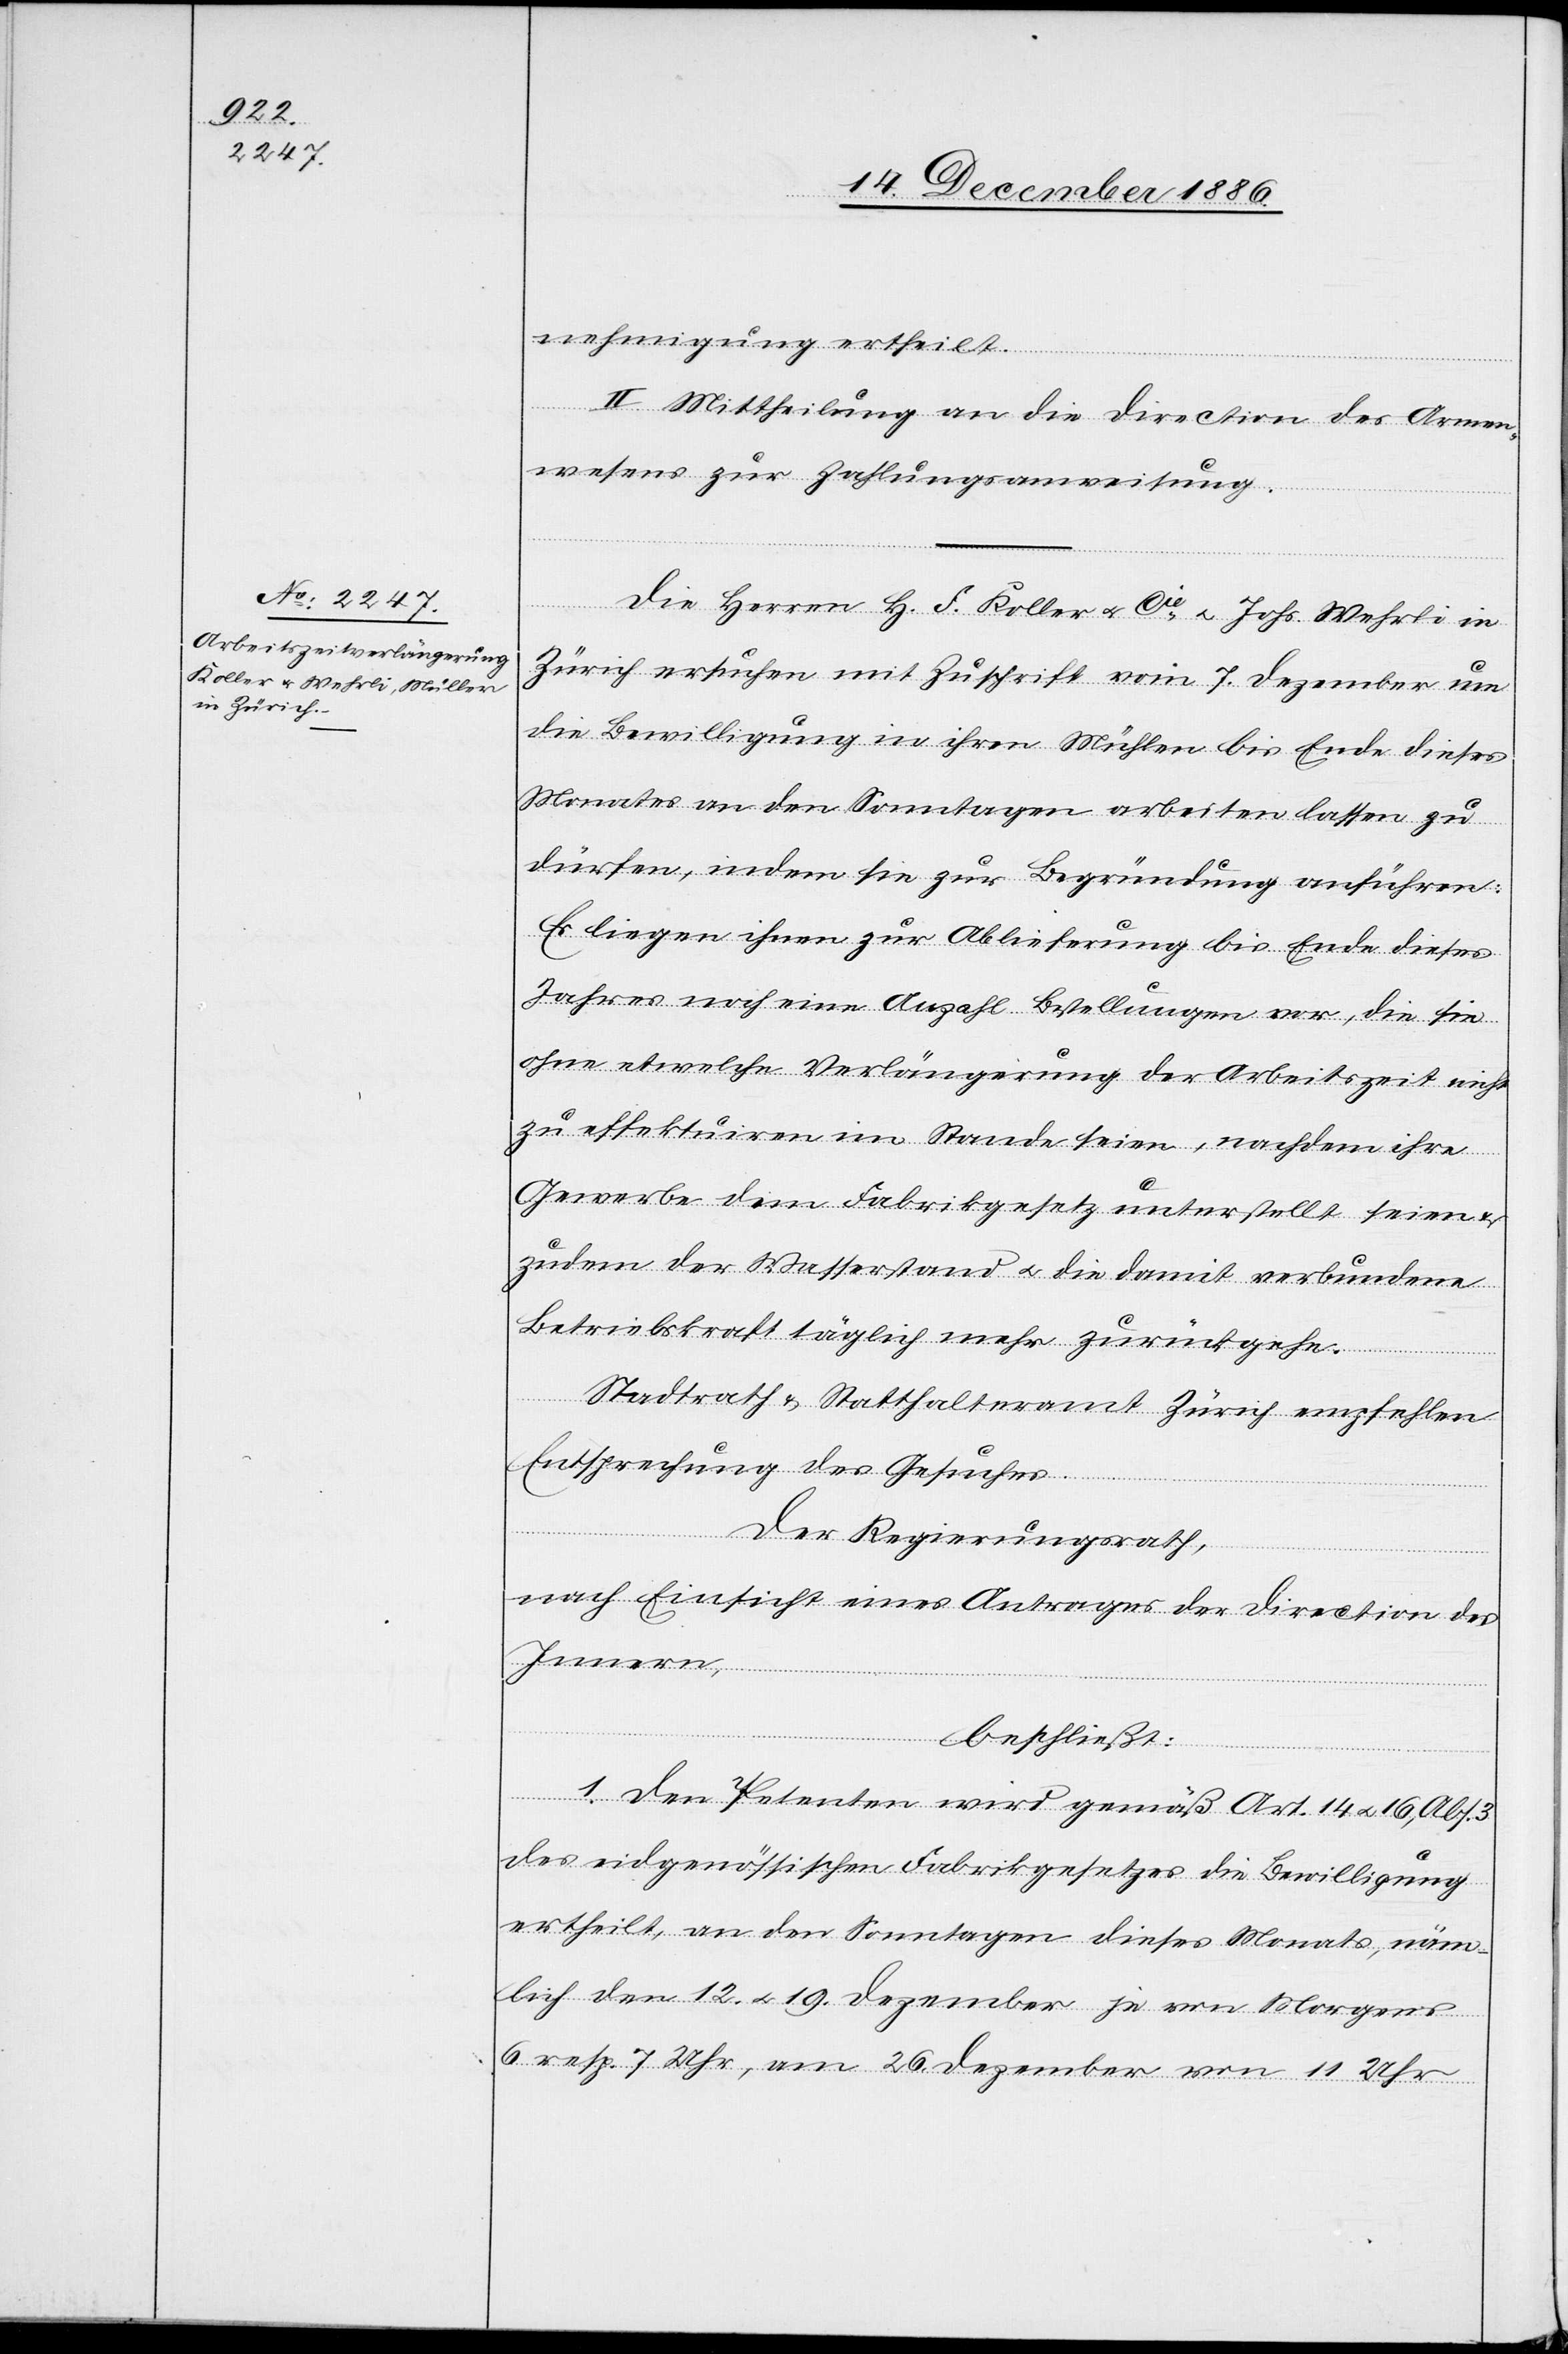
nehmigung ertheilt.
II. Mittheilung an die Direction des Armen¬
wesens zur Zahlungsanweisung.
Die Herren H. F. Koller & Cie & Johs. Wehrli in
Zürich ersuchen mit Zuschrift vom 7. Dezember um
die Bewilligung in ihren Mühlen bis Ende dieses
Monates an den Sonntagen arbeiten lassen zu
dürfen, indem sie zur Begründung anführen:
Es liegen ihnen zur Ablieferung bis Ende dieses
Jahres noch eine Anzahl Bestellungen vor, die sie
ohne etwelche Verlängerung der Arbeitszeit nicht
zu effektuiren im Stande seien, nachdem ihre
Gewerbe dem Fabrikgesetz unterstellt seien &
zudem der Wasserstand & die damit verbundene
Betriebskraft täglich mehr zurückgehe.
Stadtrath & Statthalteramt Zürich empfehlen
Entsprechung des Gesuches.
Der Regierungsrath,
nach Einsicht eines Antrages der Direction des
Innern,
beschließt:
1. Den Petenten wird gemäß Art. 14 & 16, Abs.
des eidgenössischen Fabrikgesetzes die Bewilligung
ertheilt, an den Sonntagen dieses Monats, näm¬
lich den 12. & 19. Dezember je von Morgens
6 resp. 7 Uhr, am 26. Dezember von 11 Uhr